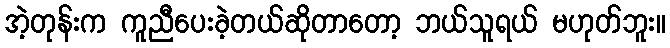
အဲ့တုန်းက ကူညီပေးခဲ့တယ်ဆိုတာတော့ ဘယ်သူရယ် မဟုတ်ဘူး။